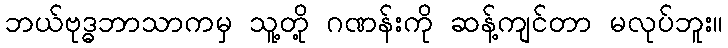
ဘယ်ဗုဒ္ဓဘာသာကမှ သူ့တို့ ဂဏန်းကို ဆန့်ကျင်တာ မလုပ်ဘူး။